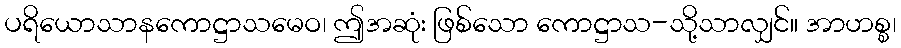
ပရိယောသာနကောဋ္ဌာသမေဝ၊ ဤအဆုံး ဖြစ်သော ကောဋ္ဌာသ-သို့သာလျှင်။ အာဟစ္စ၊